Leaving Certificate Examination, 1910
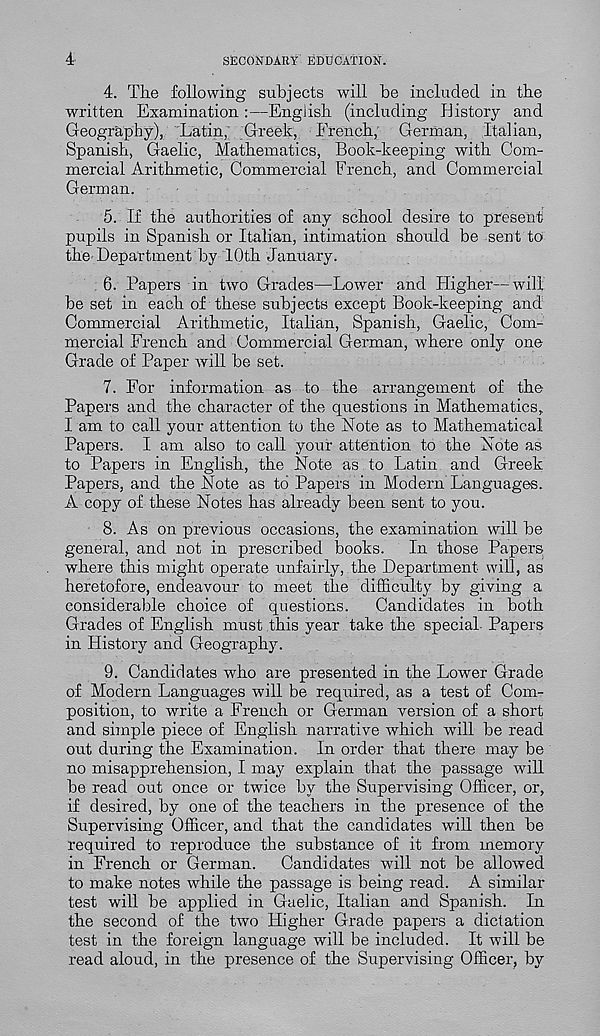
4
SECONDARY EDUCATION.
4. The following subjects will be included in the
written Examination :—English (including History and
Geography), Latin, Greek, French, German, Italian,
Spanish, Gaelic, Mathematics, Book-keeping with Com-
mercial Arithmetic, Commercial French, and Commercial
German.
5. If the authorities of any school desire to present
pupils in Spanish or Italian, intimation should be sent to
the Department by 10th January.
6. Papers in two Grades—Lower and Higher—will
be set in each of these subjects except Book-keeping and
Commercial Arithmetic, Italian, Spanish, Gaelic, Com-
mercial French and Commercial German, where only one
Grade of Paper will be set.
7. For information as to the arrangement of the
Papers and the character of the questions in Mathematics,
I am to call your attention to the Note as to Mathematical
Papers. I am also to call your attention to the Note as
to Papers in English, the Note as to Latin and Greek
Papers, and the Note as to Papers in Modern Languages.
A copy of these Notes has already been sent to you.
8. As on previous occasions, the examination will be
general, and not in prescribed books. In those Papers
where this might operate unfairly, the Department will, as
heretofore, endeavour to meet the difficulty by giving a
considerable choice of questions. Candidates in both
Grades of English must this year take the special- Papers
in History and Geography.
9. Candidates who are presented in the Lower Grade
of Modern Languages will be required, as a test of Com-
position, to write a French or German version of a short
and simple piece of English narrative which will be read
out during the Examination. In order that there may be
no misapprehension, I may explain that the passage wall
be read out once or twice by the Supervising Officer, or,
if desired, by one of the teachers in the presence of the
Supervising Officer, and that the candidates will then be
required to reproduce the substance of it from memory
in French or German. Candidates will not be allowed
to make notes while the passage is being read. A similar
test will be applied in Gaelic, Italian and Spanish. In
the second of the two Higher Grade papers a dictation
test in the foreign language will be included. It will be
read aloud, in the presence of the Supervising Officer, by